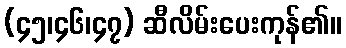
(၄၅၊၄၆၊၄၇) ဆီလိမ်းပေးကုန်၏။